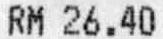
RM 26.40